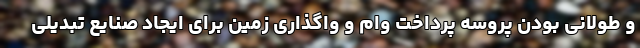
و طولانی بودن پروسه پرداخت وام و واگذاری زمین برای ایجاد صنایع تبدیلی